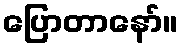
ပြောတာနော်။